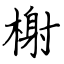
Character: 榭